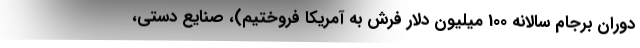
دوران برجام سالانه 100 میلیون دلار فرش به آمریکا فروختیم)، صنایع دستی،